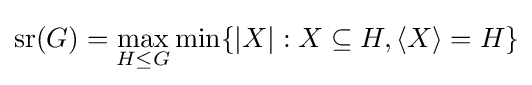
\operatorname {sr} (G)=\max _{H\leq G}\min\{|X|:X\subseteq H,\langle X\rangle =H\}